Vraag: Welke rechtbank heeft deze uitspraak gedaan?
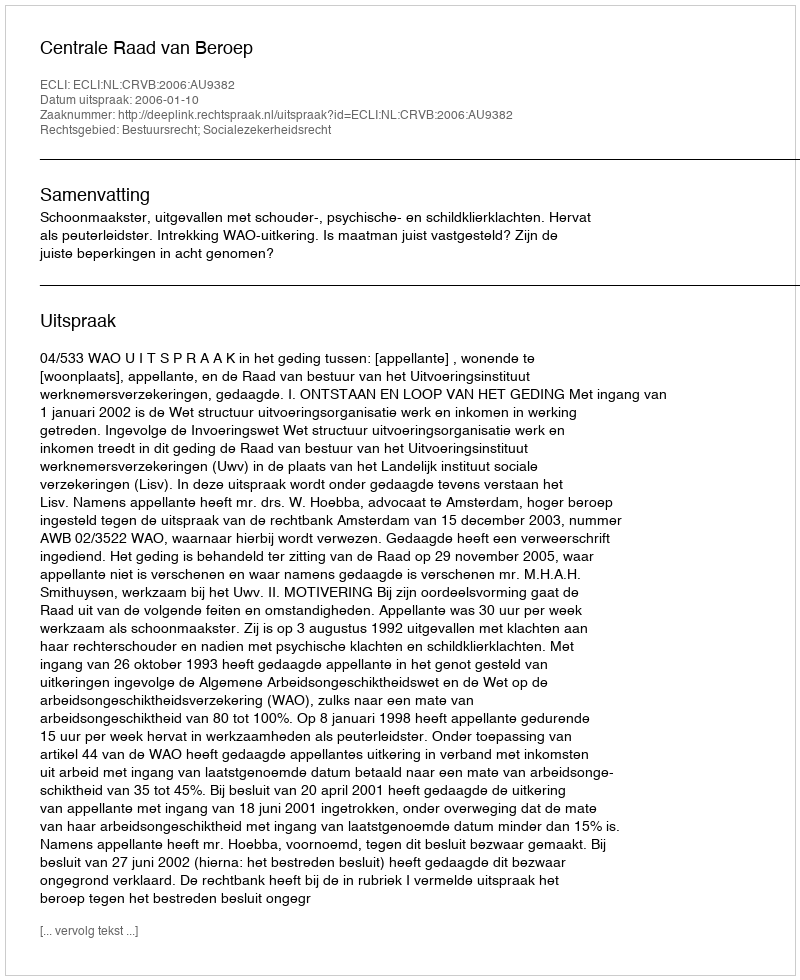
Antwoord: Centrale Raad van Beroep